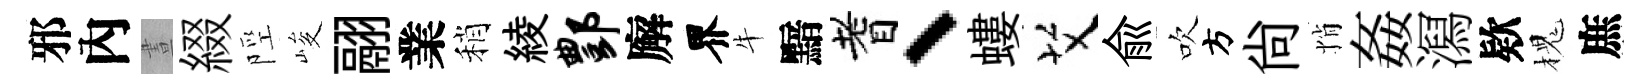
邪內晝綴陘峻翮業稍綾酆廨界牛黯耆、螻艾俞吹方尚悄姦㵼欵槐庶